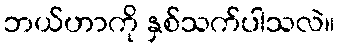
ဘယ်ဟာကို နှစ်သက်ပါသလဲ။